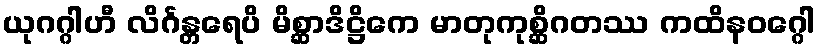
ယုဂဂ္ဂါဟီ လိင်္ဂန္တရေပိ မိစ္ဆာဒိဋ္ဌိကေ မာတုကုစ္ဆိဂတဿ ကထိနဝဂ္ဂေါ